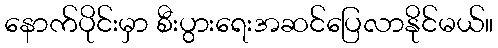
နောက်ပိုင်းမှာ စီးပွားရေးအဆင်ပြေလာနိုင်မယ်။